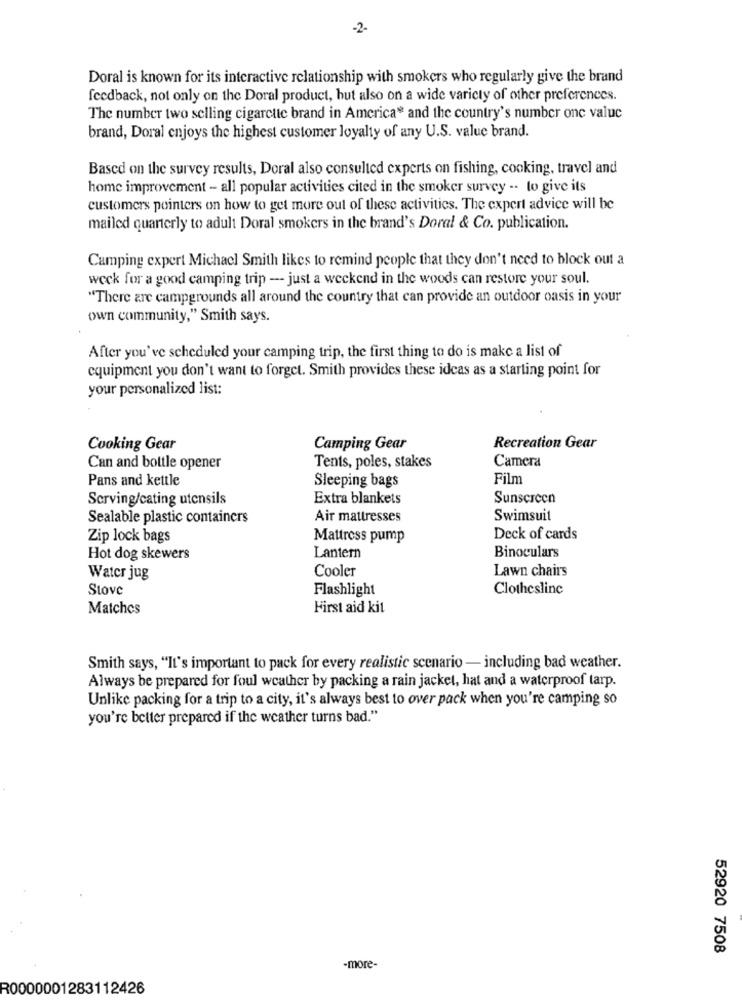
-2-
Doral is known for its interactive relationship with smokers who regularly give the brand
feedback, not only on the Doral product, but also on a wide variety of other preferences.
The number two selling cigarette brand in America* and the country's number one valuc
brand, Doral enjoys the highest customer loyalty of any U.S. value brand.
Based on the survey results, Doral also consulted experts on fishing, cooking, travel and
home improvement - all popular activities cited in the smoker survey -. to give its
customers pointers on how to get more out of these activities. The expert advice will be
mailed quarterly to adult Doral smokers in the brand's Doral & Co. publication.
Camping expert Michael Smith likes to remind people that they don't need to block out a
weck for a good camping trip -- just a weekend in the woods can restore your soul.
"There are campgrounds all around the country that can provide an outdoor oasis in your
own community," Smith says.
After you've scheduled your camping trip, the first thing to do is make a list of
equipment you don't want to forget. Smith provides these ideas as a starting point for
your personalized list:
Cooking Gear
Camping Gear
Recreation Gear
Camera
Can and bottle opener
Tents, poles, stakes
Pans and kettle
Sleeping bags
Film
Serving/cating utensils
Extra blankets
Sunscreen
Sealable plastic containers
Air mattresses
Swimsuit
Zip lock bags
Mattress pump
Deck of cards
Hot dog skewers
Lantern
Binoculars
Cooler
Lawn chairs
Water jug
Stove
Flashlight
Clothesline
Matches
First aid kit
Smith says, "It's important to pack for every realistic scenario - including bad weather.
Always be prepared for foul weather by packing a rain jacket, hat and a waterproof tarp.
Unlike packing for a trip to a city, it's always best to over pack when you're camping so
you're better prepared if the weather turns bad."
52920 7508
-more-
R0000001283112426